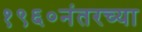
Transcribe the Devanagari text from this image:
१९६०नंतरच्या